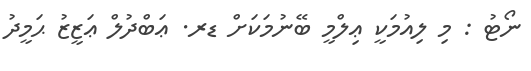
ނޯޓު : މި ލިއުމަކީ ޢިލްމީ ބޭނުމަކަށް ޑރ. ޢަބްދުލް ޢަޒީޒު ޙަމީދު